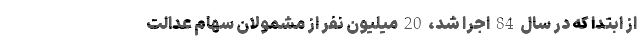
از ابتدا که در سال 84 اجرا شد، 20 میلیون نفر از مشمولان سهام عدالت